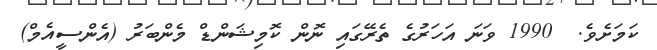
ކަމަށެވެ.  1990 ވަނަ އަހަރުގެ ތެރޭގައި ނޮން ކޮމިޝަންޑް މެންބަރު (އެންސީއެމް)